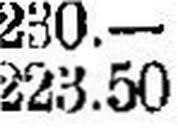
223.50